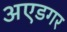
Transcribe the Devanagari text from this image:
अएडगर